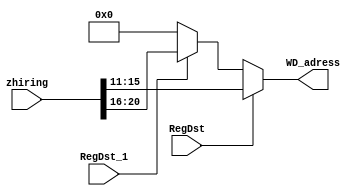
`timescale 1ns / 1ps
//////////////////////////////////////////////////////////////////////////////////
// Company: 
// Engineer: 
// 
// Design Name: 
// Module Name:    regaddr 
// Project Name: 
// Target Devices: 
// Tool versions: 
// Description: 
//
// Dependencies: 
//
// Revision: 
// Revision 0.01 - File Created
// Additional Comments: 
//
//////////////////////////////////////////////////////////////////////////////////
module regaddr(
    input [31:0] zhiring,
    input RegDst,
    input RegDst_1,
    output [4:0] WD_adress
    );
	 
	 reg [4:0] regaddr;
	 initial begin
		regaddr=0;
	 end
always @*begin
	if(RegDst)begin
		regaddr=zhiring[15:11];
	end
	else if(RegDst_1)begin
		regaddr=zhiring[20:16];
	end
	else begin
		regaddr=0;
	end
	
end
	 
assign WD_adress=regaddr;
endmodule